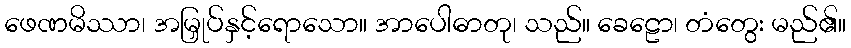
ဖေဏမိဿာ၊ အမြှုပ်နှင့်ရောသော။ အာပေါဓာတု၊ သည်။ ခေဠော၊ တံတွေး မည်၏။